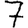
Digit: 7